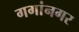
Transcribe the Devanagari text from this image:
गगांनगर